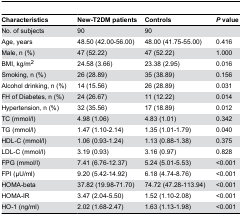
<table><thead><tr><td><b>Characteristics</b></td><td><b>New-T2DM patients</b></td><td><b>Controls</b></td><td><b><i>P</i> value</b></td></tr></thead><tbody><tr><td>No. of subjects</td><td>90</td><td>90</td><td></td></tr><tr><td>Age, years</td><td>48.50 (42.00-56.00)</td><td>48.00 (41.75-55.00)</td><td>0.416</td></tr><tr><td>Male, n (%)</td><td>47 (52.22)</td><td>47 (52.22)</td><td>1.000</td></tr><tr><td>BMI, kg/m<sup>2</sup></td><td>24.58 (3.66)</td><td>23.38 (2.95)</td><td>0.016</td></tr><tr><td>Smoking, n (%)</td><td>26 (28.89)</td><td>35 (38.89)</td><td>0.156</td></tr><tr><td>Alcohol drinking, n (%)</td><td>14 (15.56)</td><td>26 (28.89)</td><td>0.031</td></tr><tr><td>FH of Diabetes, n (%)</td><td>24 (26.67)</td><td>11 (12.22)</td><td>0.014</td></tr><tr><td>Hypertension, n (%)</td><td>32 (35.56)</td><td>17 (18.89)</td><td>0.012</td></tr><tr><td>TC (mmol/l)</td><td>4.98 (1.06)</td><td>4.83 (1.01)</td><td>0.342</td></tr><tr><td>TG (mmol/l)</td><td>1.47 (1.10-2.14)</td><td>1.35 (1.01-1.79)</td><td>0.040</td></tr><tr><td>HDL-C (mmol/l)</td><td>1.06 (0.93-1.24)</td><td>1.13 (0.88-1.38)</td><td>0.375</td></tr><tr><td>LDL-C (mmol/l)</td><td>3.19 (0.93)</td><td>3.16 (0.97)</td><td>0.828</td></tr><tr><td>FPG (mmol/l)</td><td>7.41 (6.76-12.37)</td><td>5.24 (5.01-5.53)</td><td>&lt;0.001</td></tr><tr><td>FPI (μU/ml)</td><td>9.20 (5.42-14.92)</td><td>6.18 (4.74-8.76)</td><td>&lt;0.001</td></tr><tr><td>HOMA-beta</td><td>37.82 (19.98-71.70)</td><td>74.72 (47.28-113.94)</td><td>&lt;0.001</td></tr><tr><td>HOMA-IR</td><td>3.47 (2.04-5.50)</td><td>1.52 (1.10-2.08)</td><td>&lt;0.001</td></tr><tr><td>HO-1 (ng/ml)</td><td>2.02 (1.68-2.47)</td><td>1.63 (1.13-1.98)</td><td>&lt;0.001</td></tr></tbody></table>